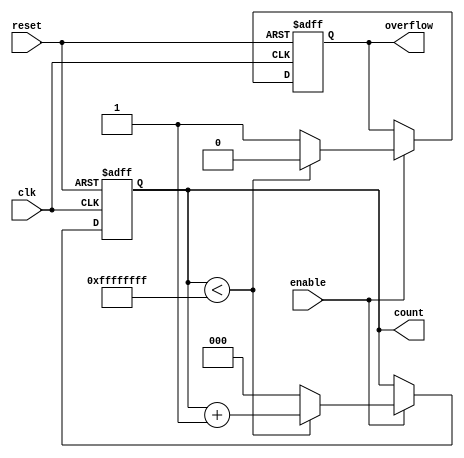
module mixed_radix_counter (
    input wire clk,              // Clock input
    input wire reset,            // Asynchronous reset
    input wire enable,           // Enable signal
    output reg [N-1:0] count,    // Current count output
    output reg overflow          // Overflow indicator
);
    
    parameter N = 3; // Number of digits
    parameter [N-1:0] radix = {5, 3, 2}; // Radix values for each digit
    reg [N-1:0] count_reg; // Internal register to hold the count
    reg [N-1:0] max_count; // Maximum count value
    integer i;

    // Calculate maximum count value based on radix
    initial begin
        max_count = 1;
        for (i = 0; i < N; i = i + 1) begin
            max_count = max_count * radix[i];
        end
        count_reg = 0;
        overflow = 0;
    end

    // Asynchronous reset and counting logic
    always @(posedge clk or posedge reset) begin
        if (reset) begin
            count_reg <= 0;
            overflow <= 0;
        end else if (enable) begin
            if (count_reg < max_count - 1) begin
                count_reg <= count_reg + 1;
                overflow <= 0;
            end else begin
                count_reg <= 0; // Reset to zero after reaching max count
                overflow <= 1;  // Set overflow flag
            end
        end
    end

    // Assign current count output
    always @(count_reg) begin
        count = count_reg;
    end

endmodule